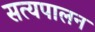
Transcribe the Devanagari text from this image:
सत्यपालन